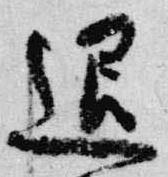
退